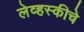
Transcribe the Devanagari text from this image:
लेव्हस्कीचे